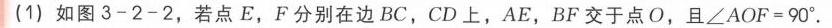
(1) 如图3 - 2 - 2，若点$E$，$F$分别在边$BC$，$CD$上，$AE$，$BF$交于点$O$，且$\angle AOF = 90^{\circ}$.